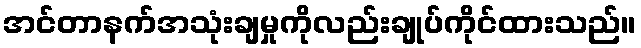
အင်တာနက်အသုံးချမှုကိုလည်းချုပ်ကိုင်ထားသည်။